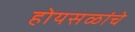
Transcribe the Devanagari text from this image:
होयसळांचे